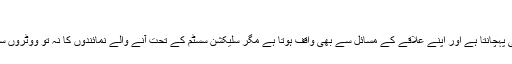
‘
رمیش جے پال نے کہا کہ جو نمائندہ ووٹ لے کر آتا ہے وہ اپنے ووٹروں کو بھی پہچانتا ہے اور اپنے علاقے کے مسائل سے بھی واقف ہوتا ہے مگر سلیکشن سسٹم کے تحت آنے والے نمائندوں کا نہ تو ووٹروں سے براہ راست تعلق ہوتا ہے نہ وہ ان کے مسائل کے حل میں دلچسپی رکھتے ہیں۔